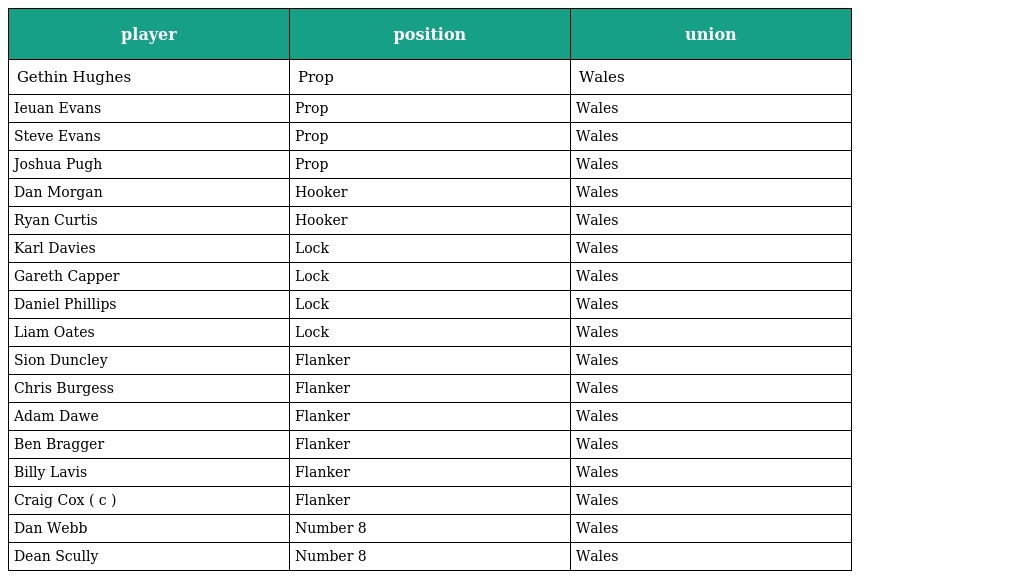
| player | position | union |
 | --- | --- | --- |
 | Gethin Hughes | Prop | Wales |
 | Ieuan Evans | Prop | Wales |
 | Steve Evans | Prop | Wales |
 | Joshua Pugh | Prop | Wales |
 | Dan Morgan | Hooker | Wales |
 | Ryan Curtis | Hooker | Wales |
 | Karl Davies | Lock | Wales |
 | Gareth Capper | Lock | Wales |
 | Daniel Phillips | Lock | Wales |
 | Liam Oates | Lock | Wales |
 | Sion Duncley | Flanker | Wales |
 | Chris Burgess | Flanker | Wales |
 | Adam Dawe | Flanker | Wales |
 | Ben Bragger | Flanker | Wales |
 | Billy Lavis | Flanker | Wales |
 | Craig Cox ( c ) | Flanker | Wales |
 | Dan Webb | Number 8 | Wales |
 | Dean Scully | Number 8 | Wales |